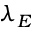
\lambda _ { E }